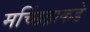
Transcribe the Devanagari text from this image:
मच्छिंद्राकडे